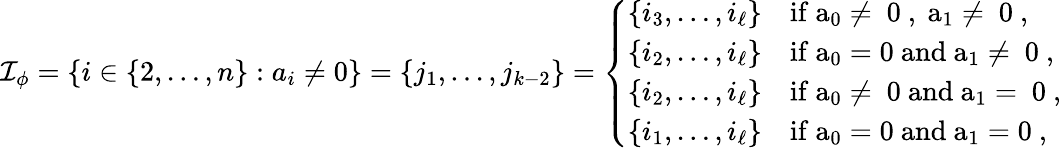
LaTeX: \mathcal{I}_{\phi}=\{ i\in\{ 2,\ldots,n\} :a_{i}\neq0\} =\{ j_{1},\ldots,j_{k-2}\} =\left\{ \begin{array}{ll}{\{ i_{3},\ldots,i_{\ell}\} }&{\mathrm{if~a_0\neq~0~,~a_1\neq~0~,}}\\ {\{ i_{2},\ldots,i_{\ell}\} }&{\mathrm{if~a_0=0~and~a_1\neq~0~,}}\\ {\{ i_{2},\ldots,i_{\ell}\} }&{\mathrm{if~a_0\neq~0~and~a_1=~0~,}}\\ {\{ i_{1},\ldots,i_{\ell}\} }&{\mathrm{if~a_0=0~and~a_1=0~,}}\end{array}\right.